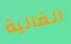
الغالية